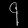
Digit: ၄